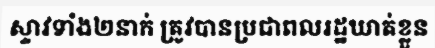
ស្ទាវទាំង២នាក់ ត្រូវបានប្រជាពលរដ្ឋឃាត់ខ្លួន